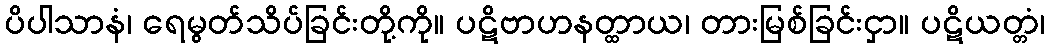
ပိပါသာနံ၊ ရေမွတ်သိပ်ခြင်းတို့ကို။ ပဋိဗာဟနတ္ထာယ၊ တားမြစ်ခြင်းငှာ။ ပဋိယတ္တံ၊